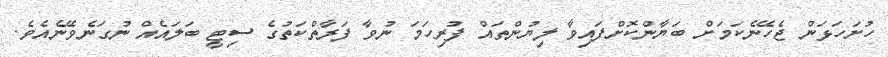
ހުށަހަޅަން ޖެހޭނެކަމަށް ބަޔާންކޮށްފައިވާ ލިޔުންތައް ފުރިހަމަ ނުވާ ފަރާތްކަތުގެ ސިޓީ ބަލައެއް ނުގަނެވޭނެއެވެ.